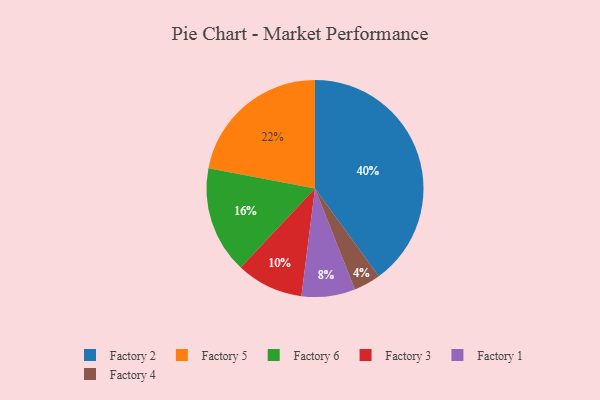
{"axis": {"x": "Category", "y": "Percentage"}, "legend": ["Factory 1", "Factory 2", "Factory 3", "Factory 4", "Factory 5", "Factory 6"], "data": [{"x": "Factory 1", "y": 8, "type": "Factory 1"}, {"x": "Factory 3", "y": 10, "type": "Factory 3"}, {"x": "Factory 4", "y": 4, "type": "Factory 4"}, {"x": "Factory 6", "y": 16, "type": "Factory 6"}, {"x": "Factory 2", "y": 40, "type": "Factory 2"}, {"x": "Factory 5", "y": 22, "type": "Factory 5"}]}